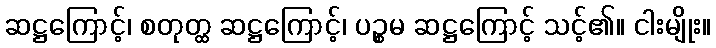
ဆဋ္ဌကြောင့်၊ စတုတ္ထ ဆဋ္ဌကြောင့်၊ ပဉ္စမ ဆဋ္ဌကြောင့် သင့်၏။ ငါးမျိုး။